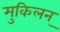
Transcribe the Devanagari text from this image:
मुकिलन्